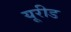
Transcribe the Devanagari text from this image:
यूरीड